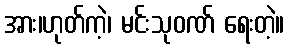
အား၊ဟုတ်ကဲ့၊ မင်းသုဝဏ် ရေးတဲ့။